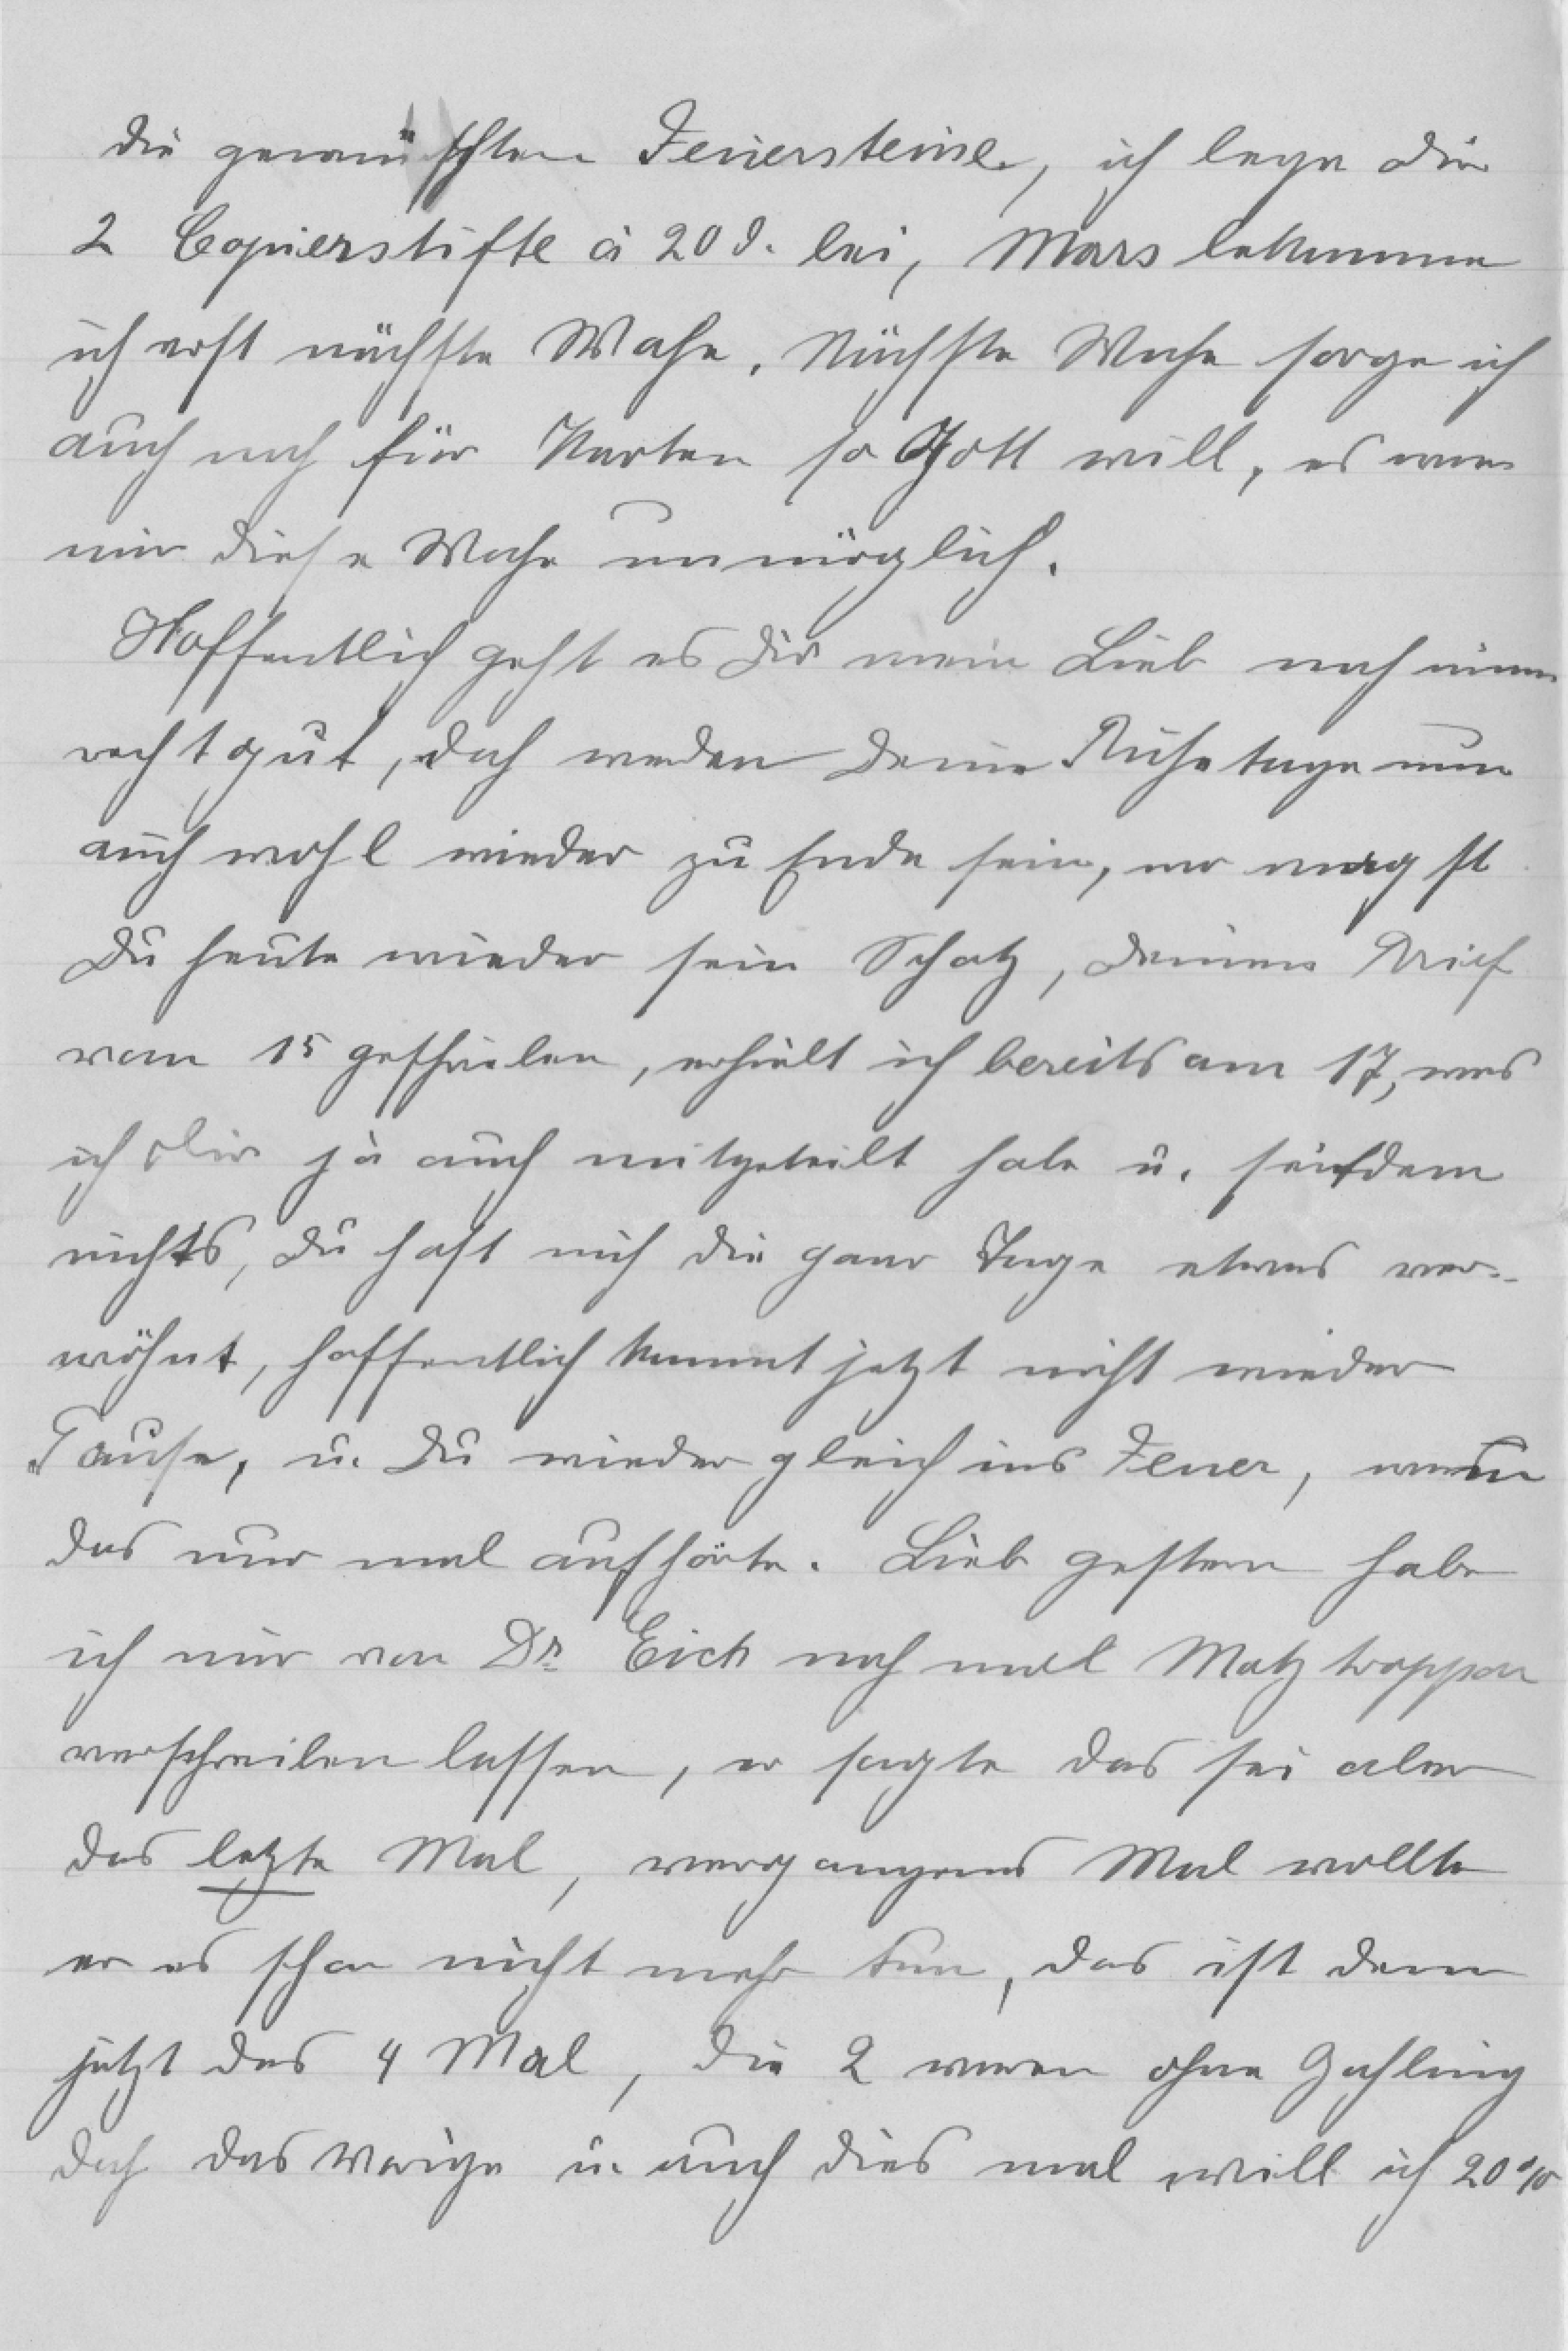
die gewünschten Feuersteine, ich lege die
2 Copierstifte à 20 d. bei, Mars bekomme
ich erst nächste Woche. Nächste Woche sorge ich
auch noch für Karten so Gott will, es war
mir diese Woche unmöglich.
Hoffentlich geht es dir mein Lieb noch immer
recht gut, doch werden deine Ruhetage nun
auch wohl wieder zu Ende sein, wo magst
du heute wieder sein Schatz, deinen Brief
vom 15 geschrieben, erhielt ich bereits am 17, was
ich dir ja auch mitgetheilt habe u. seitdem
nichts, du hast mich die paar Tage etwas ver¬
wöhnt, hoffentlich kommt jetzt nicht wieder
Pause, u. du wieder gleich ins Feuer, wenn
das nur mal aufhörte. Lieb gestern habe
ich mir von Dr. Eich noch mal Malztroppon
verschreiben lassen, er sagte das sei aber
das letzte Mal, vergangenes Mal wollte
er es schon nicht mehr tun, das ist dann
jetzt das 4 Mal, die 2 waren ohne Zahlung
doch das vorige u. auch dies mal, will ich 20%